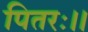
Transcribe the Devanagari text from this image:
पितरः।।